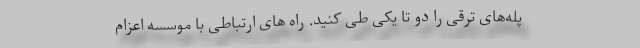
پله‌های ترقی را دو تا یکی طی کنید. راه های ارتباطی با موسسه اعزام